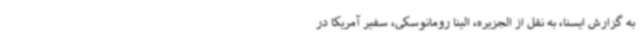
به گزارش ایسنا، به نقل از الجزیره، الینا رومانوسکی، سفیر آمریکا در